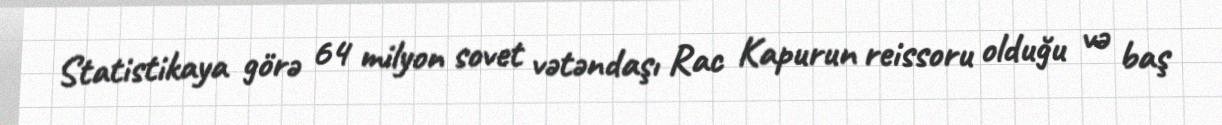
Statistikaya görə 64 milyon sovet vətəndaşı Rac Kapurun reissoru olduğu və baş